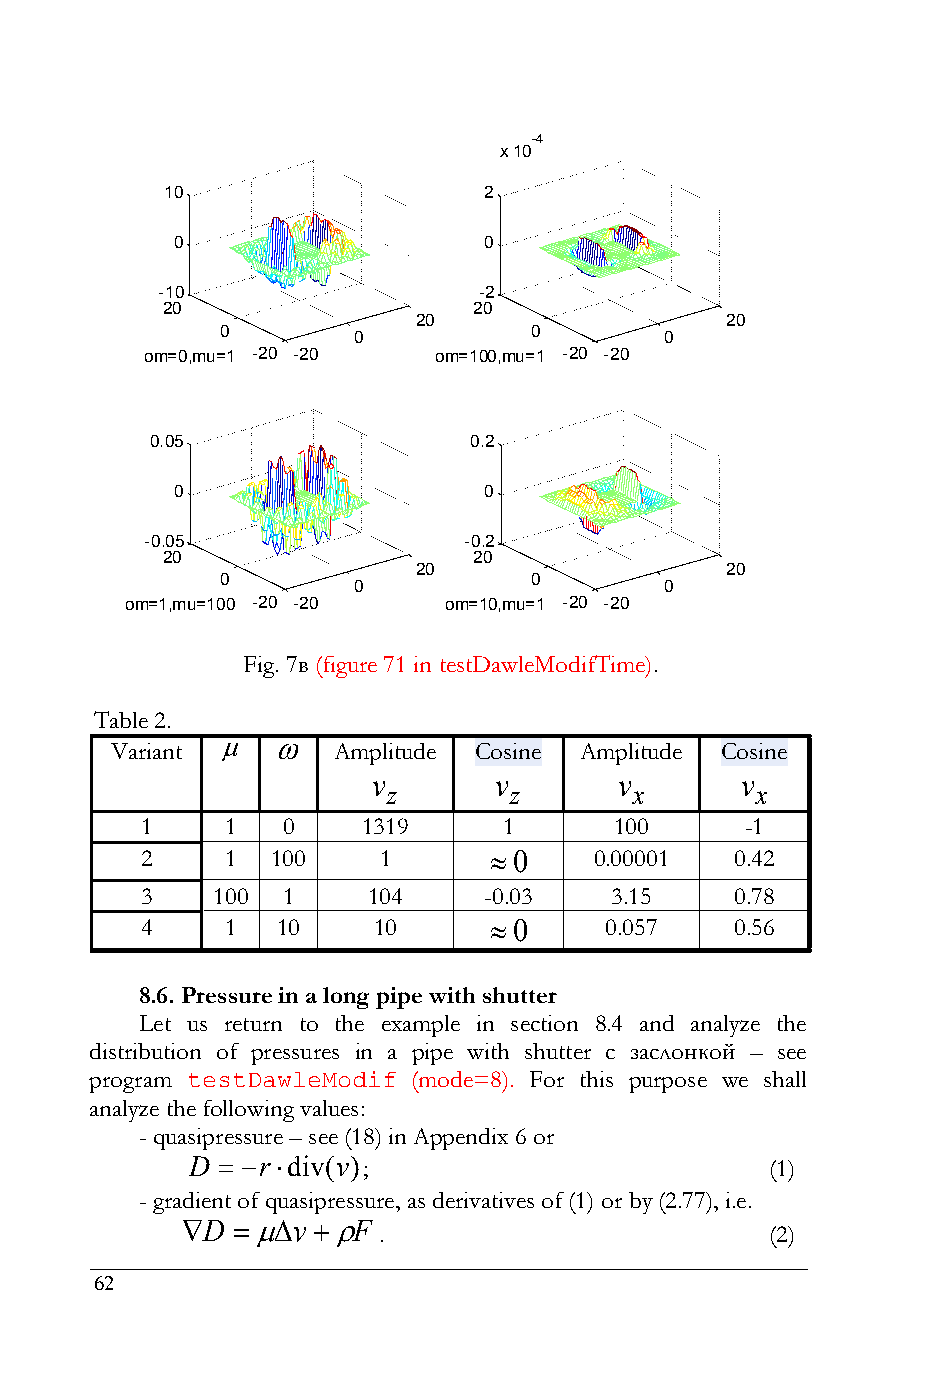
-4
 x 10
 10                   2
 0                    0
 -10                   -2
 20                  20
 20                   20
 0                   0
 0                    0
 om=0,mu=1 -20 -20  om=100,mu=1 -20 -20
 0.05                 0.2
 0                    0
 -0.05                -0.2
 20                  20
 20                   20
 0                   0
 0                    0
 om=1,mu=100 -20 -20  om=10,mu=1 -20 -20
 Fig. 7в (figure 71 in testDawleModifTime).
 Table 2.
   
 Variant        Amplitude Сosine Amplitude Сosine
 v       v       v       v
 z       z       x       x
 1     1   0    1319     1       100     -1
 2     1  100    1       0    0.00001   0.42
 3    100  1    104     -0.03   3.15     0.78
 4     1  10     10      0     0.057    0.56
 8.6. Pressure in a long pipe with shutter
 Let us return to the example in section 8.4 and analyze the
 distribution of pressures in a pipe with shutter с заслонкой – see
 program testDawleModif (mode=8). For this purpose we shall
 analyze the following values:
 - quasipressure – see (18) in Appendix 6 or
 D  rdiv(v);                         (1)
 - gradient of quasipressure, as derivatives of (1) or by (2.77), i.e.
 D v  F
 .                         (2)
 62